Problem: 15 + 30 = ?
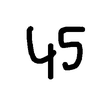
Handwritten answer: 45